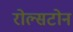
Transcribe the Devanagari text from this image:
रोल्सटोन